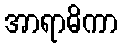
အာရာဓိကာ